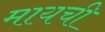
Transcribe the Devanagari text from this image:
मायची